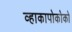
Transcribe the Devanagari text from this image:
व्हाकापोकोको